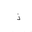
Letter: _thal